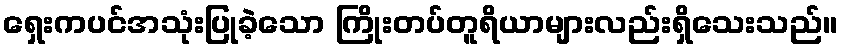
ရှေးကပင်အသုံးပြုခဲ့သော ကြိုးတပ်တူရိယာများလည်းရှိသေးသည်။